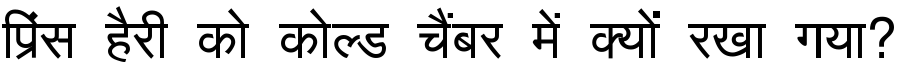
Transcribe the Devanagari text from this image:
प्रिंस हैरी को कोल्ड चैंबर में क्यों रखा गया?